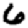
Digit: 6